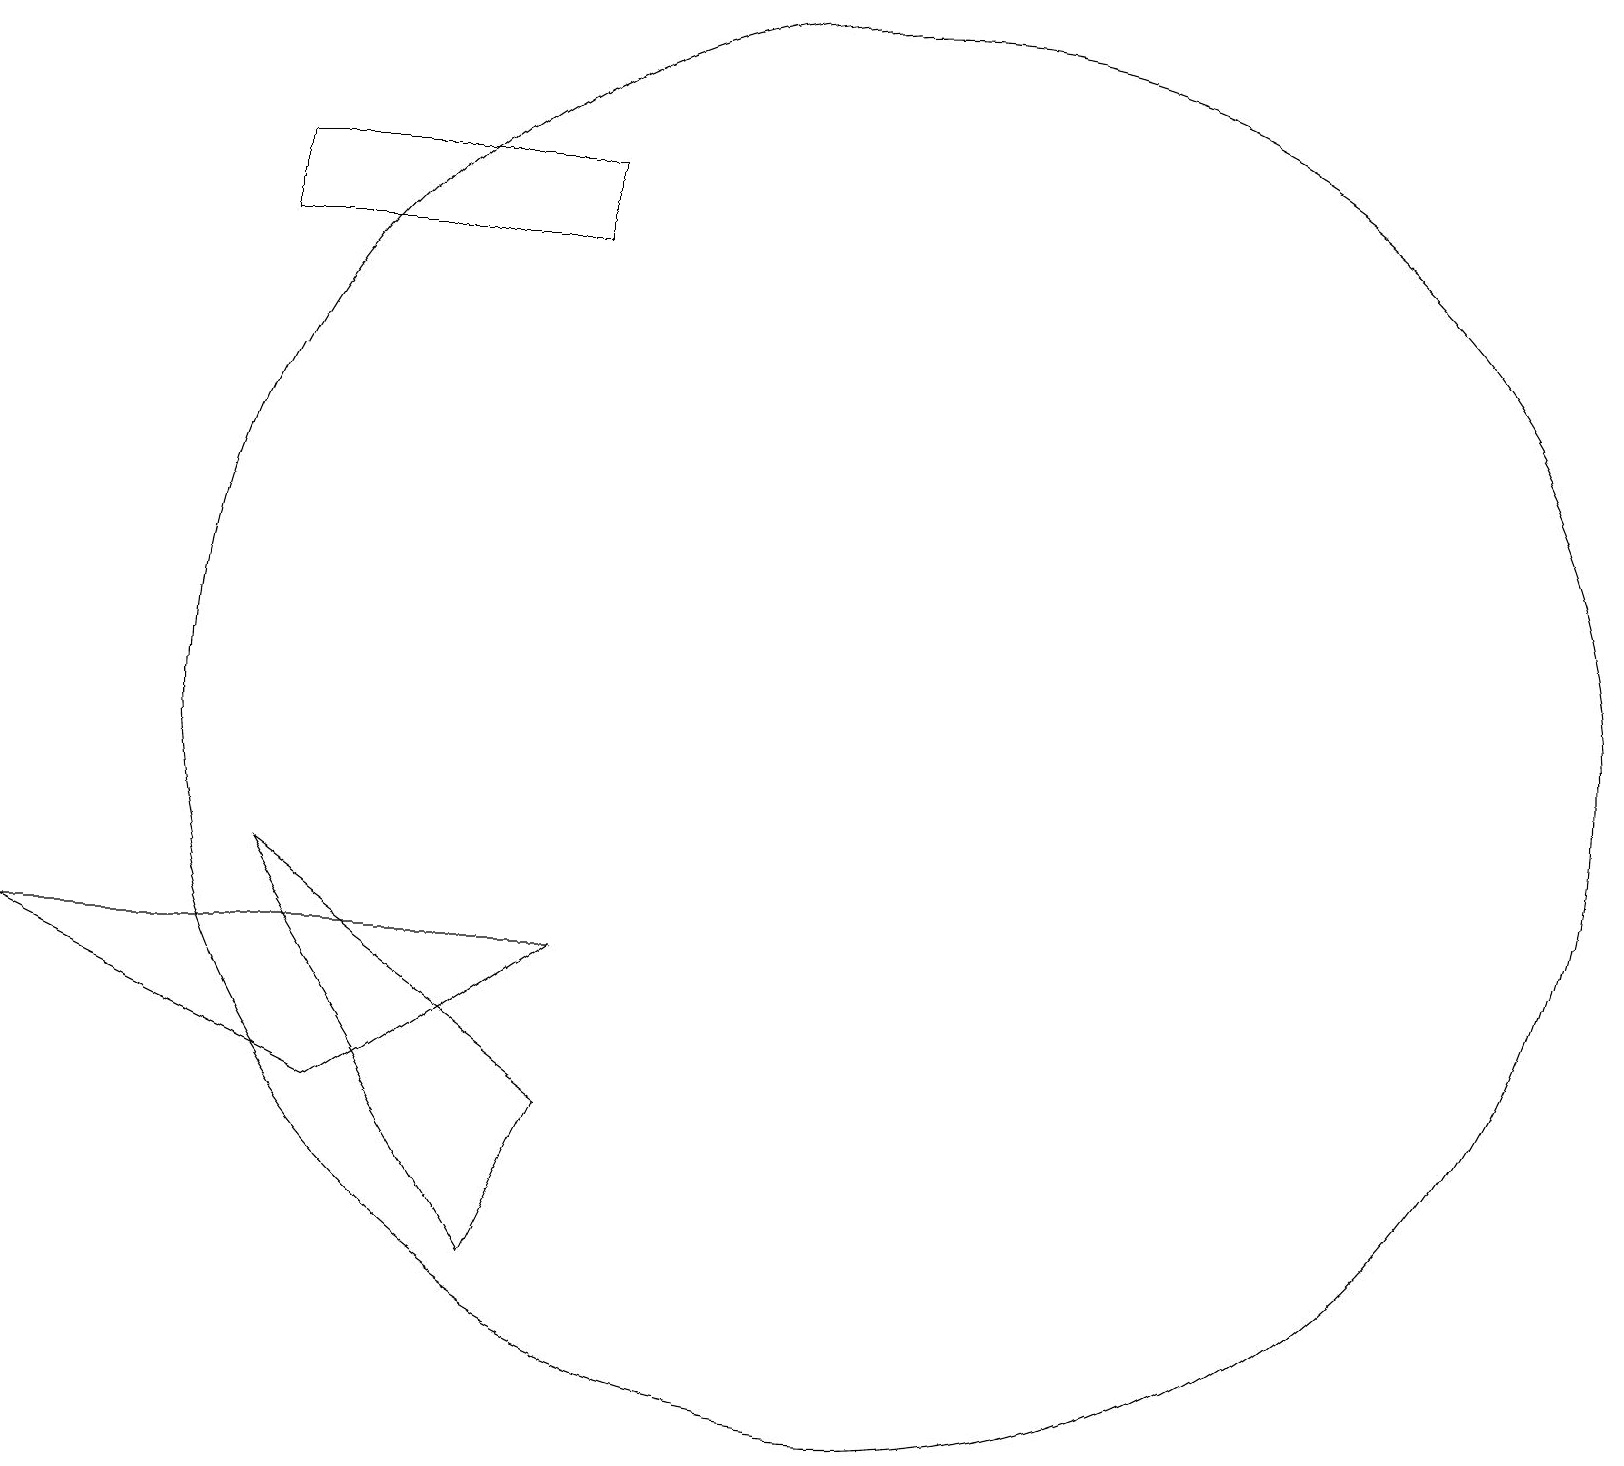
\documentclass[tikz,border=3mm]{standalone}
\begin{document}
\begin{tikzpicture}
\draw (4,17) rectangle (8,18);
\draw (7,4) -- (4,9) -- (8,6) -- cycle;
\draw (12,11) circle (9);
\draw (8,8) -- (1,8) -- (5,6) -- cycle;
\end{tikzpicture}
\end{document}